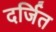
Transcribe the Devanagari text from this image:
दर्जित